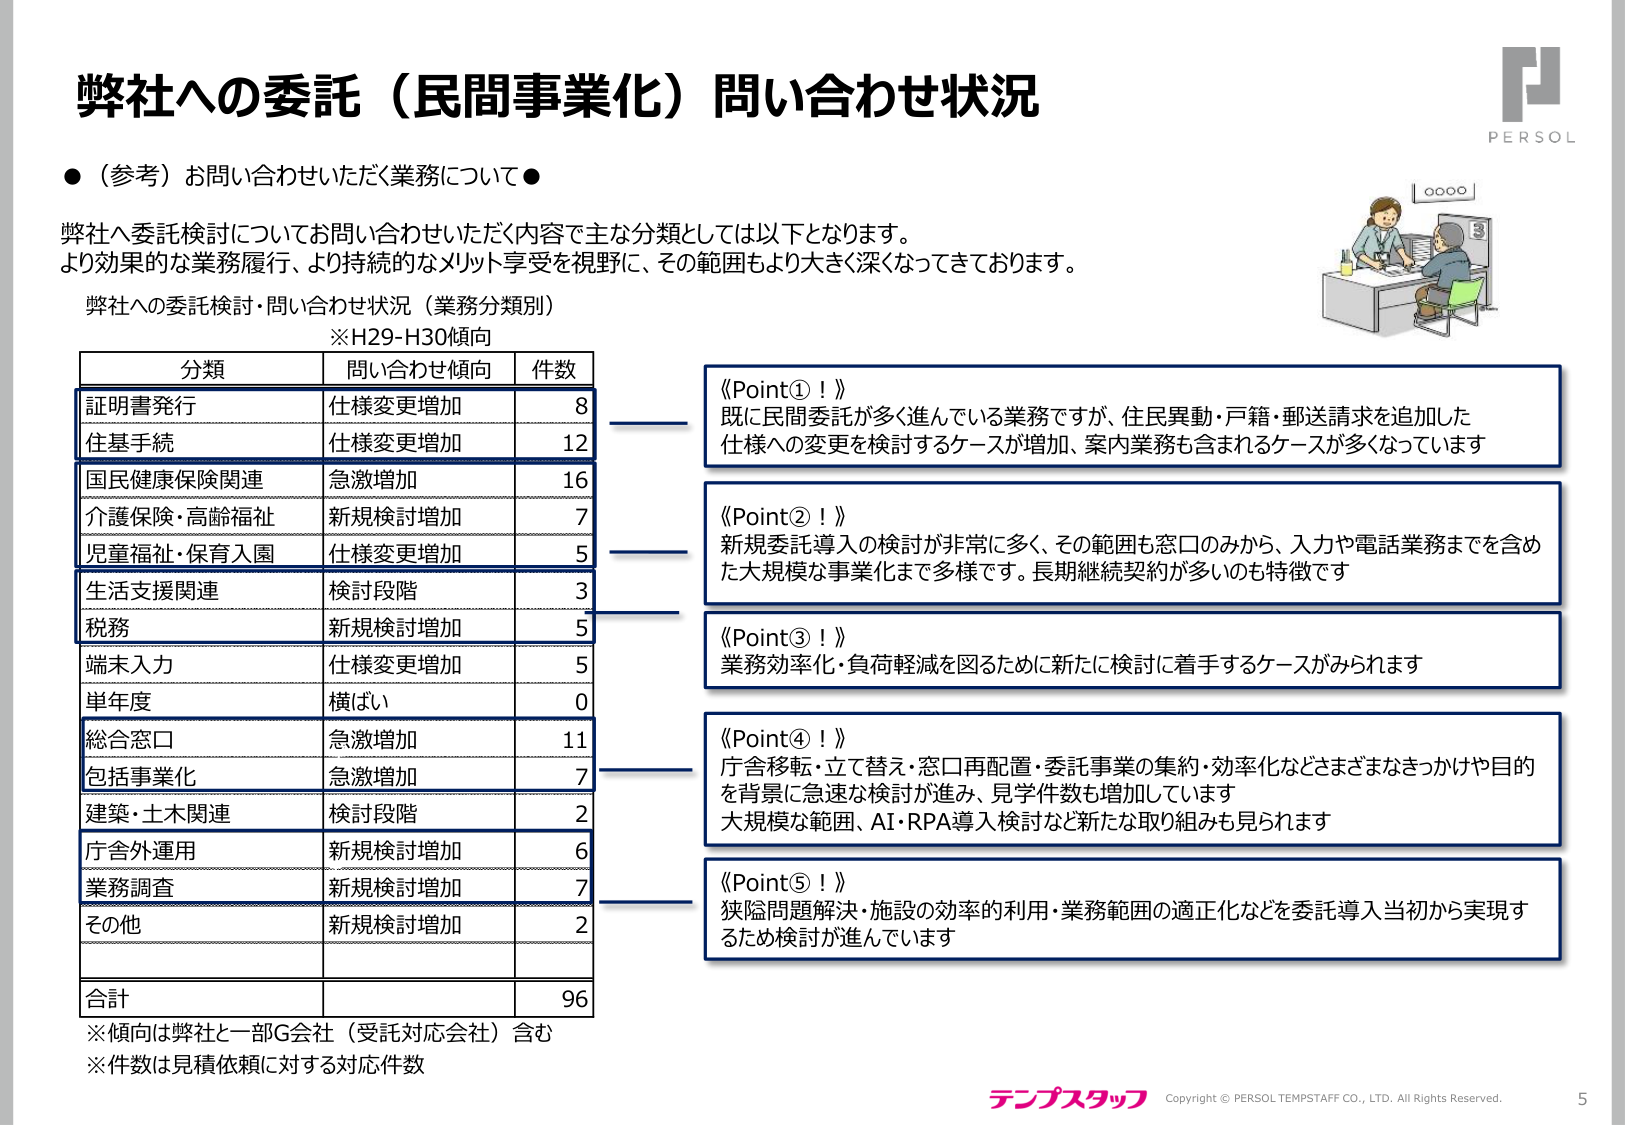
弊社への委託（民間事業化）問い合わせ状況

●（参考）お問い合わせいただく業務について●

弊社へ委託検討についてお問い合わせいただく内容で主な分類としては以下となります。
より効果的な業務履行、より持続的なメリット享受を視野に、その範囲もより大きく深くなってきております。

弊社への委託検討・問い合わせ状況（業務分類別）
※H29-H30傾向

分類　　　　　　　問い合わせ傾向　　　件数
証明書発行　　　　仕様変更増加　　　　8
住基手続　　　　仕様変更増加　　　　12
国民健康保険関連　急激増加　　　　　16
介護保険・高齢福祉　新規検討増加　　　7
児童福祉・保育入園　仕様変更増加　　　5
生活支援関連　　　検討段階　　　　　　3
税務　　　　　　新規検討増加　　　　5
端末入力　　　　仕様変更増加　　　　5
単年度　　　　　横ばい　　　　　　　　0
総合窓口　　　　急激増加　　　　　　11
包括事業化　　　急激増加　　　　　　7
建築・土木関連　　検討段階　　　　　　2
庁舎外運用　　　新規検討増加　　　　6
業務調査　　　　新規検討増加　　　　7
その他　　　　　新規検討増加　　　　2

合計　　　　　　　　　　　　　　　　96

※傾向は弊社と一部G会社（受託対応会社）含む
※件数は見積依頼に対する対応件数

《Point①！》
既に民間委託が多く進んでいる業務ですが、住民異動・戸籍・郵送請求を追加した
仕様への変更を検討するケースが増加、案内業務も含まれるケースが多くなっています

《Point②！》
新規委託導入の検討が非常に多く、その範囲も窓口のみから、入力や電話業務までを含め
た大規模な事業化まで多様です。長期継続契約が多いのも特徴です

《Point③！》
業務効率化・負荷軽減を図るために新たに検討に着手するケースがみられます

《Point④！》
庁舎移転・立て替え・窓口再配置・委託事業の集約・効率化などさまざまなきっかけや目的
を背景に急速な検討が進み、見学件数も増加しています
大規模な範囲、AI・RPA導入検討など新たな取り組みも見られます

《Point⑤！》
狭隘問題解決・施設の効率的利用・業務範囲の適正化などを委託導入当初から実現す
るため検討が進んでいます

PERSOL
テンプスタッフ
Copyright © PERSOL TEMPTAFF CO., LTD. All Rights Reserved.
5